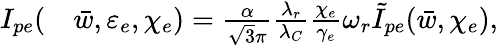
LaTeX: \begin{array}{rl}{I_{pe}(}&{{}\bar{w},\varepsilon_{e},\chi_{e})=\frac{\alpha}{\sqrt{3}\pi}\frac{\lambda_{r}}{\lambda_{C}}\frac{\chi_{e}}{\gamma_{e}}\omega_{r}\tilde{I}_{pe}(\bar{w},\chi_{e}),}\end{array}